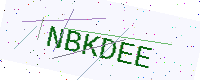
Text: NBKDEE